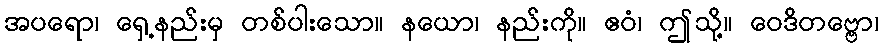
အပရော၊ ရှေ့နည်းမှ တစ်ပါးသော။ နယော၊ နည်းကို။ ဧဝံ၊ ဤသို့။ ဝေဒိတဗ္ဗော၊